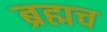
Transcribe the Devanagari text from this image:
ब्रह्मच